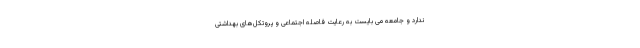
ندارد و جامعه می بایست به رعایت فاصله اجتماعی و پروتکل‌های بهداشتی